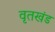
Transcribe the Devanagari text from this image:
वृतखंड